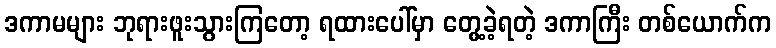
ဒကာမများ ဘုရားဖူးသွားကြတော့ ရထားပေါ်မှာ တွေ့ခဲ့ရတဲ့ ဒကာကြီး တစ်ယောက်က